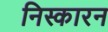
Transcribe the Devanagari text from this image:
निस्कारन